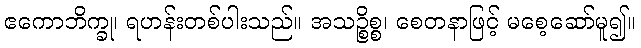
ဧကောဘိက္ခု၊ ရဟန်းတစ်ပါးသည်။ အသဉ္စိစ္စ၊ စေတနာဖြင့် မစေ့ဆော်မူ၍။